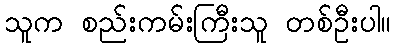
သူက စည်းကမ်းကြီးသူ တစ်ဦးပါ။